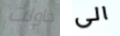
حاولت الى